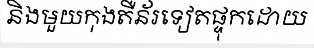
និងមួយកុងតឺន័រទៀតផ្ទុកដោយ